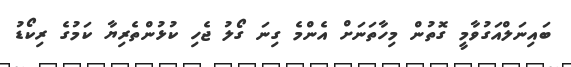
ބައިނަލްއަގުވާމީ ގޮތުން މިހާތަނަށް އެންމެ ގިނަ ގޯލު ޖެހި ކުޅުންތެރިޔާ ކަމުގެ ރިކޯޑު